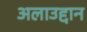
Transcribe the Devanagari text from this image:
अलाउद्दान